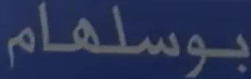
بوسلهام